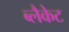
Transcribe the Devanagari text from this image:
ब्लैकेट